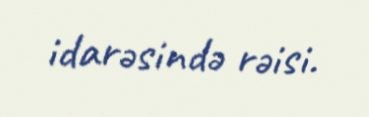
idarəsində rəisi.